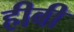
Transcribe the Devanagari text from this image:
हीबी